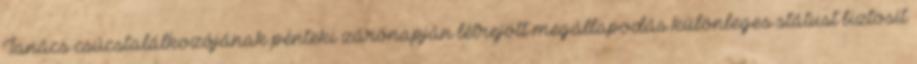
Tanács csúcstalálkozójának pénteki zárónapján létrejött megállapodás különleges státust biztosít